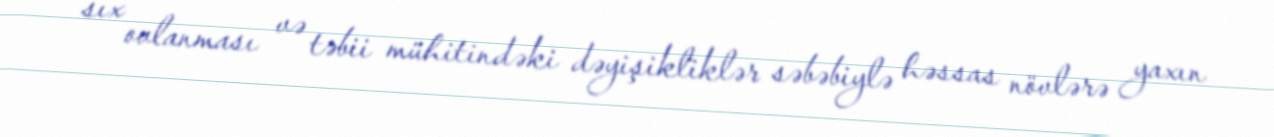
sıx ovlanması və təbii mühitindəki dəyişikliklər səbəbiylə həssas növlərə yaxın